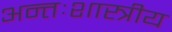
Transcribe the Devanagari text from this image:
अन्तःशास्त्रीय